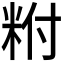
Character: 𥹃